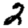
Digit: 2